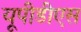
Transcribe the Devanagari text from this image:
यूपीडीएस